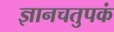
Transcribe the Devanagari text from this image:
ज्ञानचतुपकं